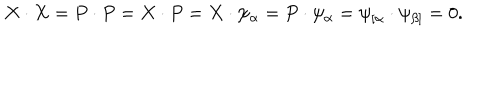
X \cdot X = P \cdot P = X \cdot P = X \cdot \psi _ { \alpha } = P \cdot \psi _ { \alpha } = \psi _ { \lbrack \alpha } \cdot \psi _ { \beta ] } = 0 .